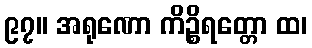
၉၇။ အရုဏော ကိဉ္စိရတ္တော ထ၊